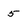
Character: 5